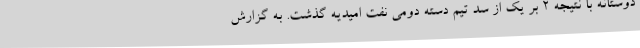
دوستانه با نتیجه 2 بر یک از سد تیم دسته دومی نفت امیدیه گذشت. به گزارش